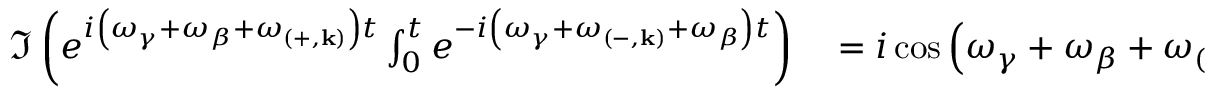
\begin{array} { r l } { \Im \left( e ^ { i \left( \omega _ { \gamma } + \omega _ { \beta } + \omega _ { \left( + , \mathbf { k } \right) } \right) t } \int _ { 0 } ^ { t } e ^ { - i \left( \omega _ { \gamma } + \omega _ { \left( - , \mathbf { k } \right) } + \omega _ { \beta } \right) t } \right) } & { { } = i \cos \left( \omega _ { \gamma } + \omega _ { \beta } + \omega _ { \left( + , \mathbf { k } \right) } \right) t \frac { 1 - \cos \left( \omega _ { \gamma } + \omega _ { \left( - , \mathbf { k } \right) } + \omega _ { \beta } \right) t } { \left( \omega _ { \gamma } + \omega _ { \left( - , \mathbf { k } \right) } + \omega _ { \beta } \right) } } \end{array}